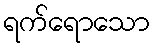
ရက်ရောသော